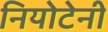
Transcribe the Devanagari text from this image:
नियोटेनी